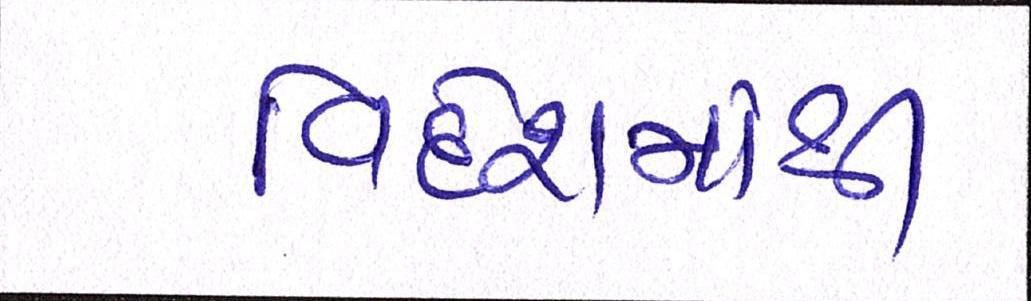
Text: વિદેશમાંથી